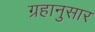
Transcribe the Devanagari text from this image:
ग्रहानुसार